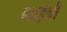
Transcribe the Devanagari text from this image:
गाईत्री